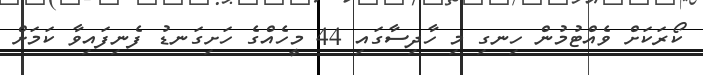
ކޯރަކަށް ވެއްޓުމުން ހިނގި މި ހާދިސާގައި 44 މީހެއްގެ ހަށިގަނޑު ފެނިފައިވާ ކަމަށް